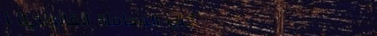
مكتب المحاماة القانوني: ا